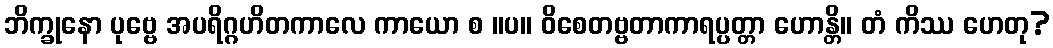
ဘိက္ခုနော ပုဗ္ဗေ အပရိဂ္ဂဟိတကာလေ ကာယော စ ။ပ။ ဝိစေတဗ္ဗတာကာရပ္ပတ္တာ ဟောန္တိ။ တံ ကိဿ ဟေတု?